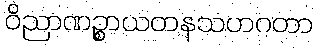
ဝိညာဏဉ္စာယတနသဟဂတာ